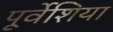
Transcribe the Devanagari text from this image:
पूर्वेशिया